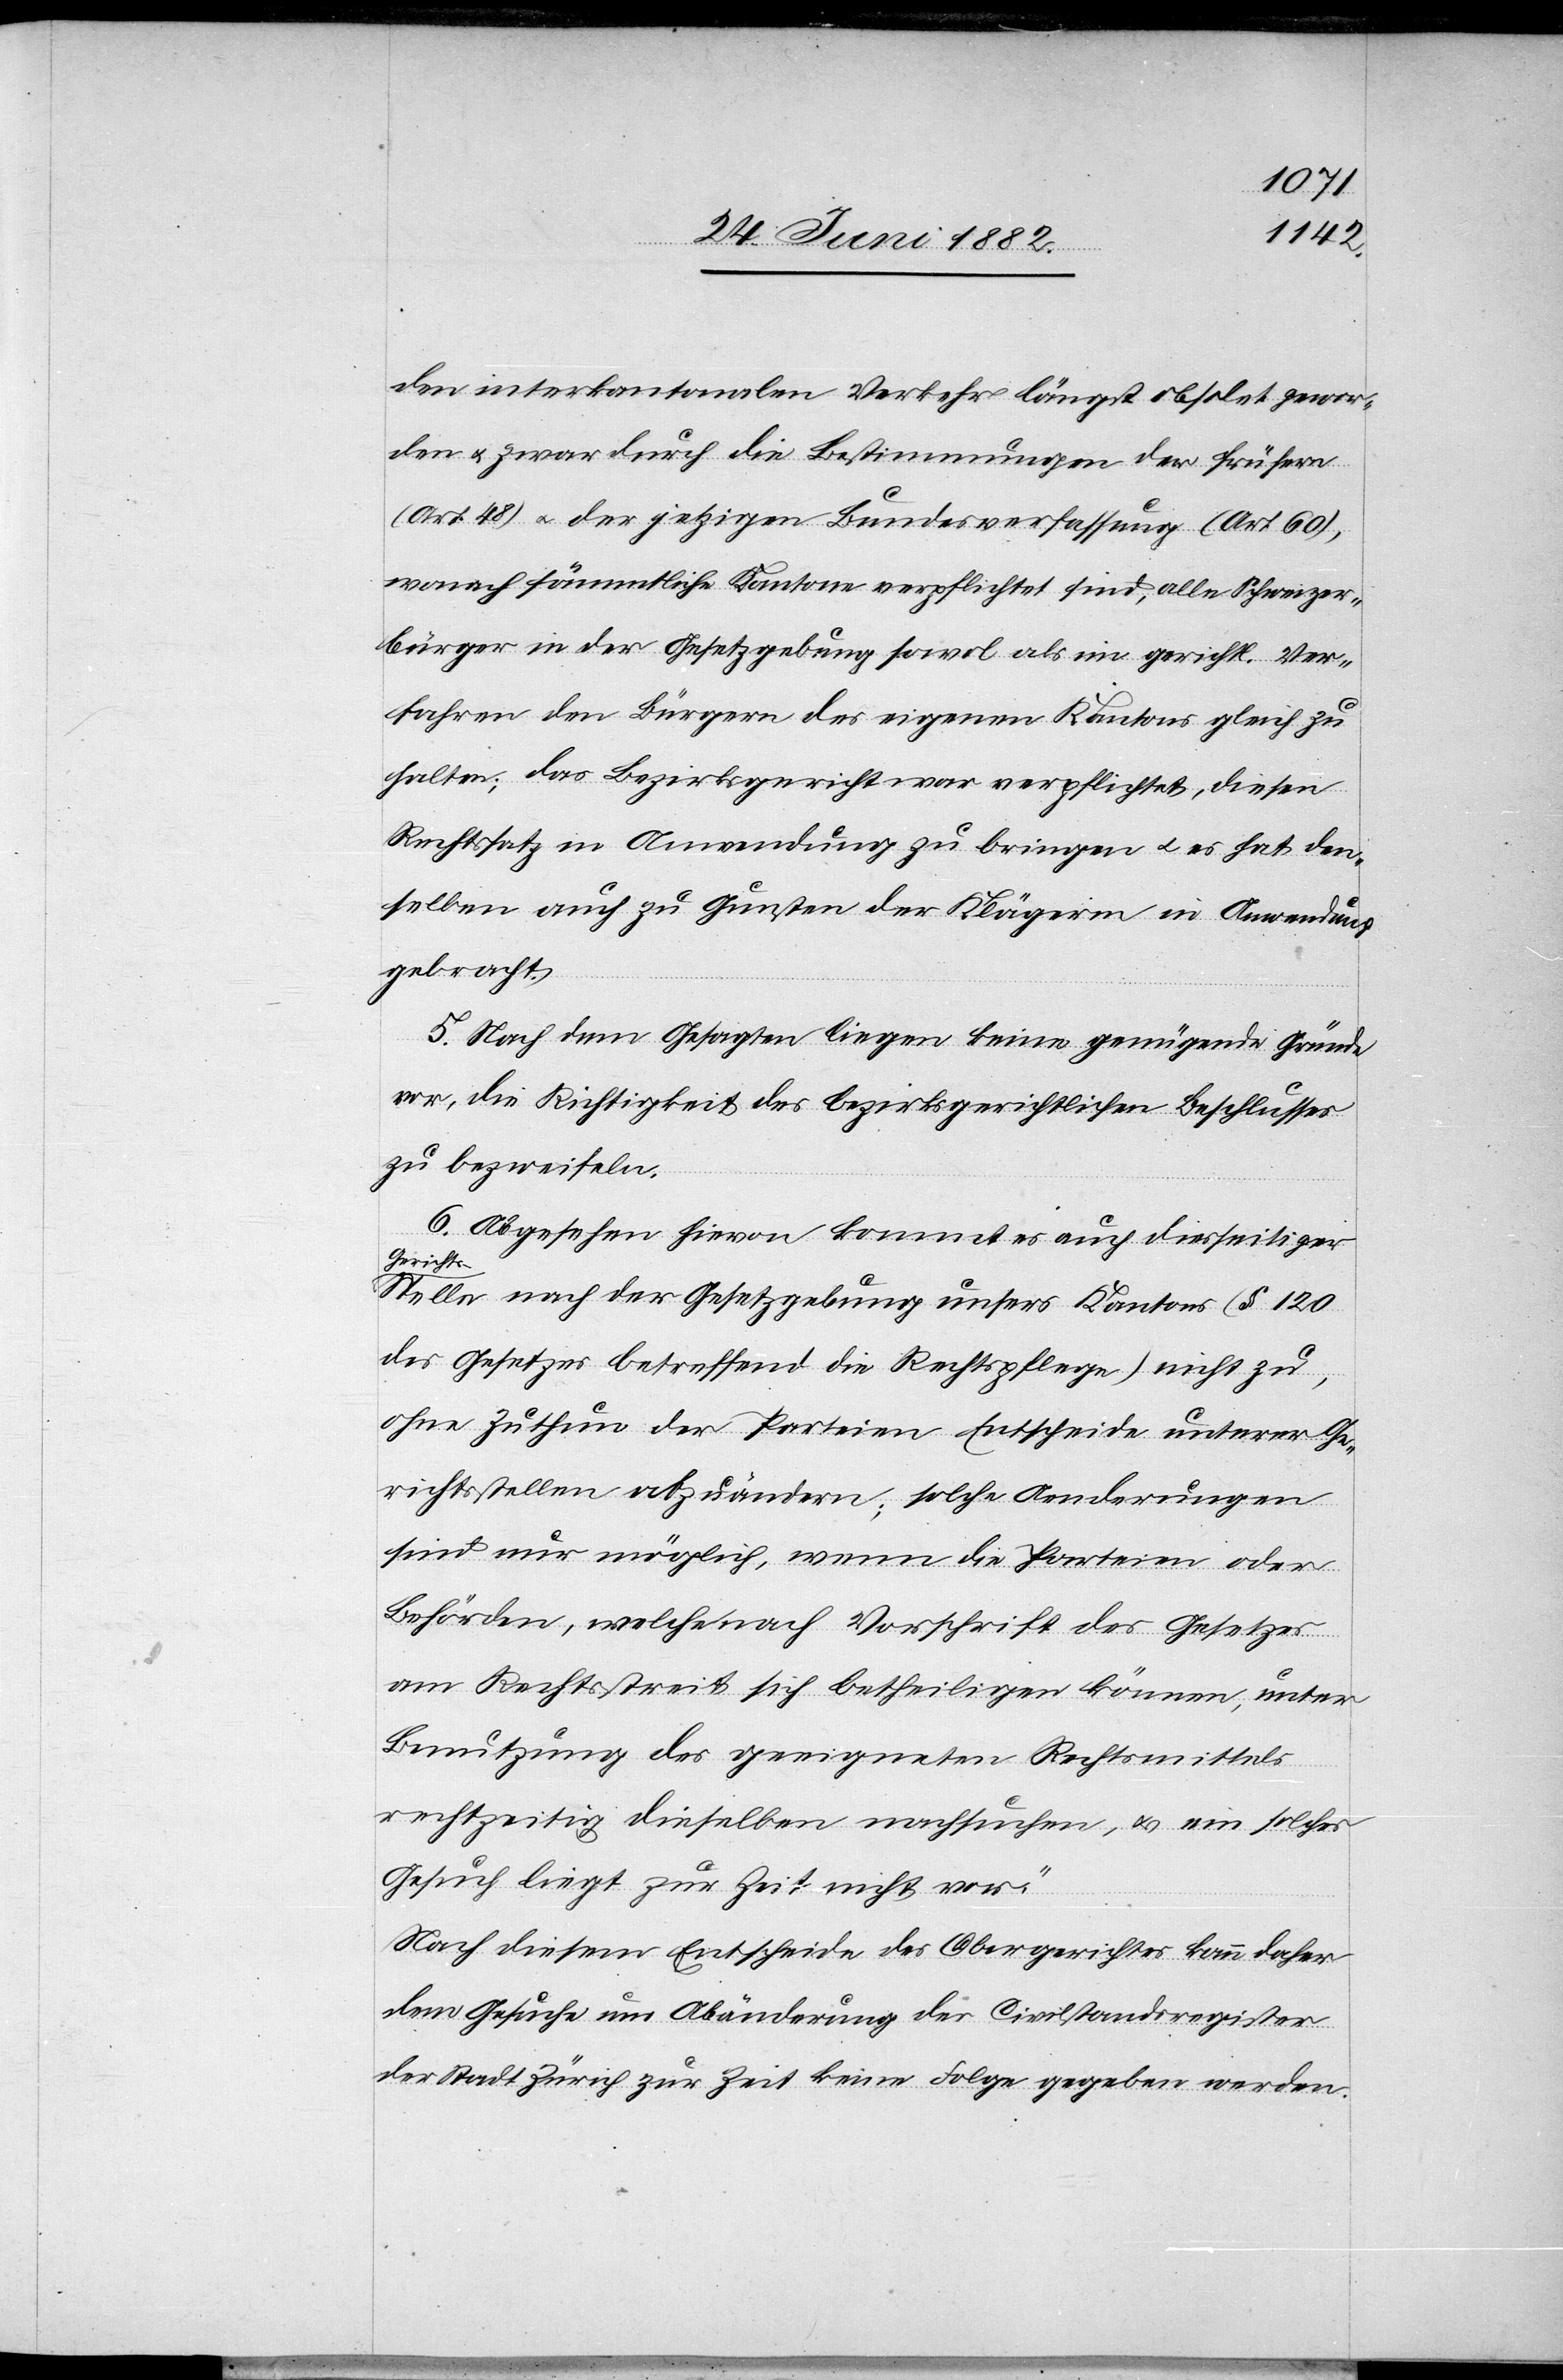
den interkantonalen Verkehr längst obsolet gewor¬
den u. zwar durch die Bestimmungen der frühern
(Art. 48) u. der jetzigen Bundesverfassung (Art. 60),
wonach sämmtliche Kantone verpflichtet sind, alle Schweizer¬
bürger in der Gesetzgebung sowol als im gerichtl. Ver¬
fahren den Bürgern des eigenen Kantons gleich zu
halten; das Bezirksgericht war verpflichtet, diesen
Rechtssatz in Anwendung zu bringen u. es hat den¬
selben auch zu Gunsten der Klägerin in Anwendung
gebracht.
5. Nach dem Gesagten liegen keine genügende[n] Gründe
vor, die Richtigkeit des bezirksgerichtlichen Beschlusses
zu bezweifeln.
7. Abgesehen hievon kommt es auch diesseitiger
Gericht¬
s-Stelle nach der Gesetzgebung unsers Kantons (§ 120
des Gesetzes betreffend die Rechtspflege) nicht zu,
ohne Zuthun der Parteien Entscheide unterer Ge¬
richtsstellen abzuändern; solche Aenderungen
sind nur möglich, wenn die Parteien oder
Behörden, welche nach Vorschrift des Gesetzes
am Rechtsstreit sich betheiligen können, unter
Benutzung des geeigneten Rechtsmittels
rechtzeitig dieselben nachsuchen, u. ein solches
Gesuch liegt zur Zeit nicht vor.
Nach diesem Entscheide des Obergerichtes kann daher
dem Gesuche um Abänderung der Civilstandsregister
der Stadt Zürich zur Zeit keine Folge gegeben werden.